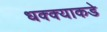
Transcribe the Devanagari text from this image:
धक्क्याकडे